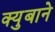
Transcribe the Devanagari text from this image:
क्युबाने